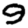
Digit: 9